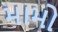
મામો